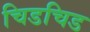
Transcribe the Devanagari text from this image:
चिडचिड